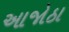
આજોઠા